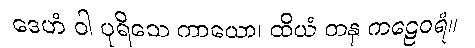
ဒေဟံ ဝါ ပုရိသေ ကာယော၊ ထိယံ တနု ကဠေဝရံ။